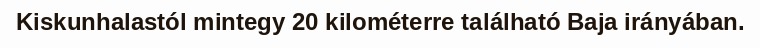
Kiskunhalastól mintegy 20 kilométerre található Baja irányában.